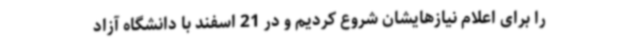
را برای اعلام نیازهایشان شروع کردیم و در 21 اسفند با دانشگاه آزاد